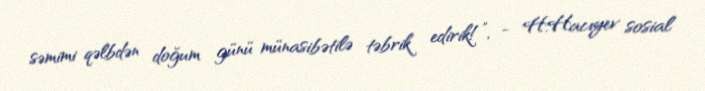
səmimi qəlbdən doğum günü münasibətilə təbrik edirik!”, - H.Hacıyev sosial